Annual report on the lock hospitals of the Madras Presidency
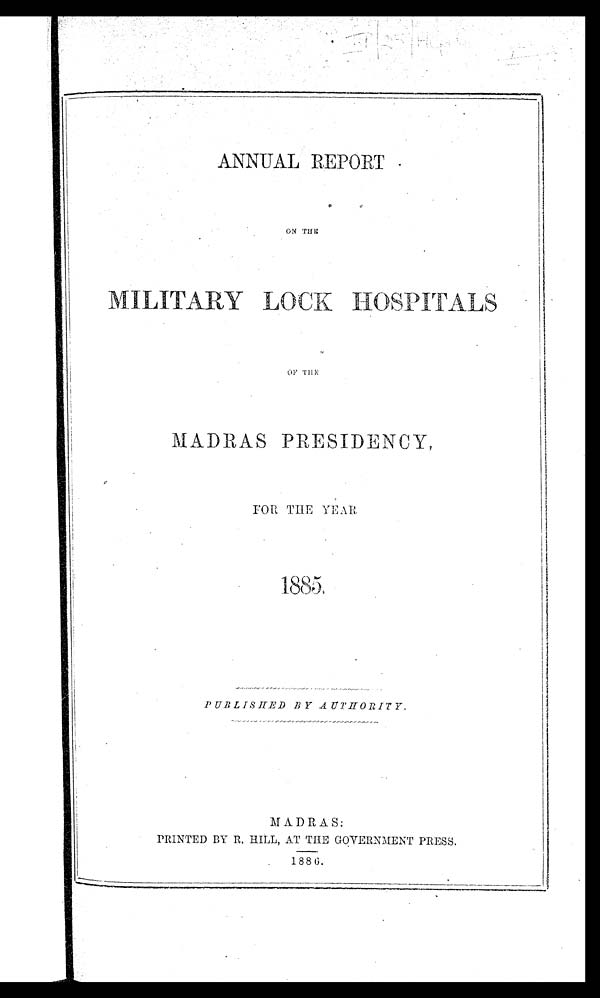
ANNUAL REPORT
ON THE
MILITARY LOCK HOSPITALS
MADRAS PRESIDENCY,
FOR THE YEAR
1883
PUBLISHED BY AUTHORITY.
MADRAS:
PRINTED BY R. HILL, AT THE GOVERNMENT PRESS
.
1886.